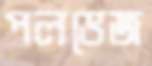
পলভেজ